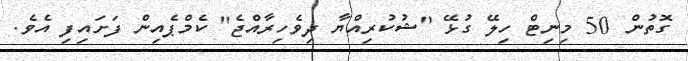
ގޮތުން 50 މިނިޓް ހިލޭ ގުޅޭ "ޝުކުރިއްޔާ ދިވެހިރާއްޖެ" ކެމްޕެއިން ފަށައިފި އެވެ.